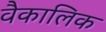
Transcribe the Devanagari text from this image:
वैकालिक